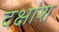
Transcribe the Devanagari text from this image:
दक्षांश